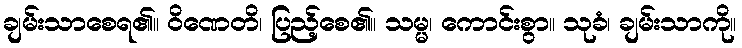
ချမ်းသာစေရ၏။ ဝိဏေတိ၊ ပြည့်စေ၏။ သမ္မ၊ ကောင်းစွာ။ သုခံ၊ ချမ်းသာကို။